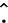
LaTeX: \hat{.}